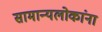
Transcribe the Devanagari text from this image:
सामान्यलोकांना